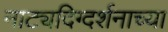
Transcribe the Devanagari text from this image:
नाट्यदिग्दर्शनाच्या